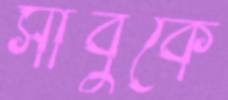
সাবুকে